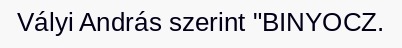
Vályi András szerint "BINYOCZ.